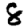
Digit: 8